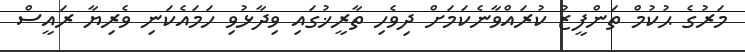
މަރުގެ ޙުކުމް ތަންފީޒު ކުރައްވާނެކަމަށް ދިވެހި ތާރީޚުގައި ވިދާޅުވި ހަމައެކަނި ވެރިޔާ ރައީސް